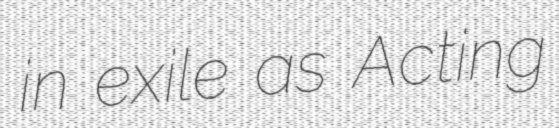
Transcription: in exile as Acting